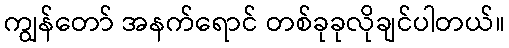
ကျွန်တော် အနက်ရောင် တစ်ခုခုလိုချင်ပါတယ်။